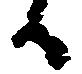
候